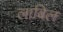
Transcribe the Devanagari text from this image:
लाबिल